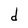
Character: d